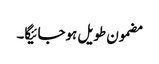
مضمون طویل ہوجائیگا۔